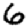
Digit: 6